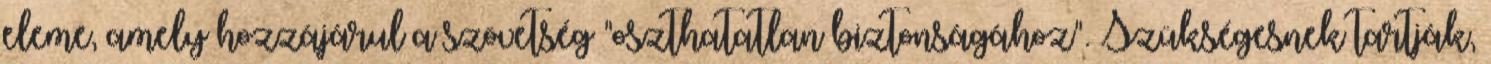
eleme, amely hozzájárul a szövetség "oszthatatlan biztonságához". Szükségesnek tartják,